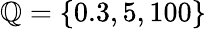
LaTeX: \mathbb{Q}=\{ 0.3,5,100\}